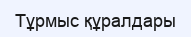
Тұрмыс құралдары